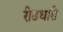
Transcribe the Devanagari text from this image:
रीढधारी